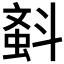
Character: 𣂂